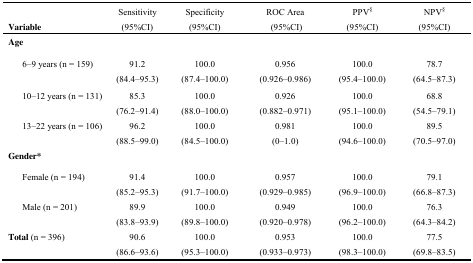
| Variable | Sensitivity (95%CI) | Specificity (95%CI) | ROC Area (95%CI) | PPV§ (95%CI) | NPV§ (95%CI) |
 | --- | --- | --- | --- | --- | --- |
 | <COLSPAN=6> Age |
 | 6–9 years (n = 159) | 91.2 (84.4–95.3) | 100.0 (87.4–100.0) | 0.956 (0.926–0.986) | 100.0 (95.4–100.0) | 78.7 (64.5–87.3) |
 | 10–12 years (n = 131) | 85.3 (76.2–91.4) | 100.0 (88.0–100.0) | 0.926 (0.882–0.971) | 100.0 (95.1–100.0) | 68.8 (54.5–79.1) |
 | 13–22 years (n = 106) | 96.2 (88.5–99.0) | 100.0 (84.5–100.0) | 0.981 (0–1.0) | 100.0 (94.6–100.0) | 89.5 (70.5–97.0) |
 | <COLSPAN=6> Gender* |
 | Female (n = 194) | 91.4 (85.2–95.3) | 100.0 (91.7–100.0) | 0.957 (0.929–0.985) | 100.0 (96.9–100.0) | 79.1 (66.8–87.3) |
 | Male (n = 201) | 89.9 (83.8–93.9) | 100.0 (89.8–100.0) | 0.949 (0.920–0.978) | 100.0 (96.2–100.0) | 76.3 (64.3–84.2) |
 | Total (n = 396) | 90.6 (86.6–93.6) | 100.0 (95.3–100.0) | 0.953 (0.933–0.973) | 100.0 (98.3–100.0) | 77.5 (69.8–83.5) |